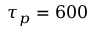
\tau _ { p } = 6 0 0